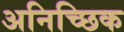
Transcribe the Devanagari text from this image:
अनिच्छिक